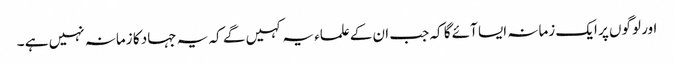
اور لوگوں پر ایک زمانہ ایسا آئے گا کہ جب ان کےعلماء یہ کہیں گے کہ یہ جہاد کا زمانہ نہیں ہے ۔